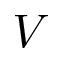
V